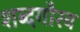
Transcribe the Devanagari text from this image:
शब्दगौरव